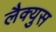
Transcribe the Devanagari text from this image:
लैक्युस